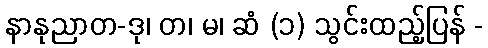
နာနုညာတ-ဒု၊ တ၊ မ၊ ဆံ (၁) သွင်းထည့်ပြန် -